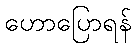
ဟောပြောရန်